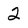
Character: 2